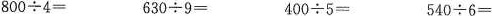
$$8 0 0 \div 4 =$$ $$6 3 0 \div 9 =$$ $$4 0 0 \div 5 =$$ $$5 4 0 \div 6 =$$